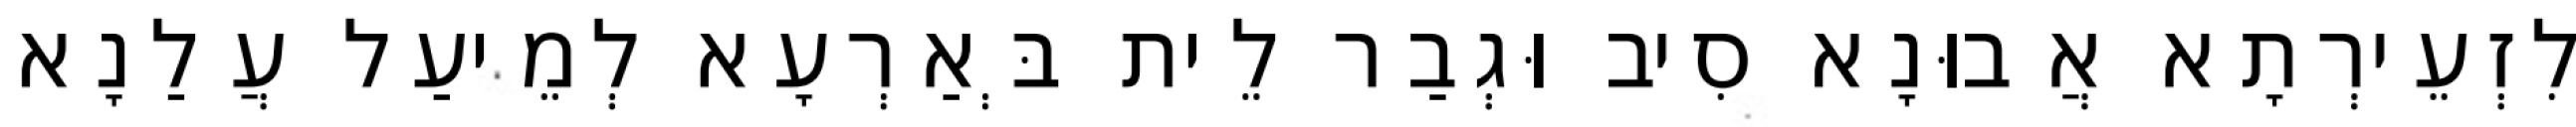
לִזְעֵירְתָא אֲבוּנָא סִיב וּגְבַר לֵית בְּאַרְעָא לְמֵיעַל עֲלַנָא